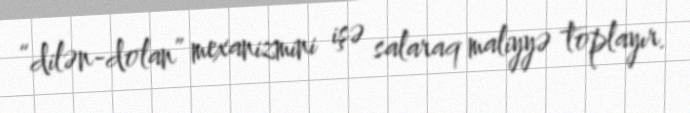
“dilən-dolan” mexanizmini işə salaraq maliyyə toplayır.